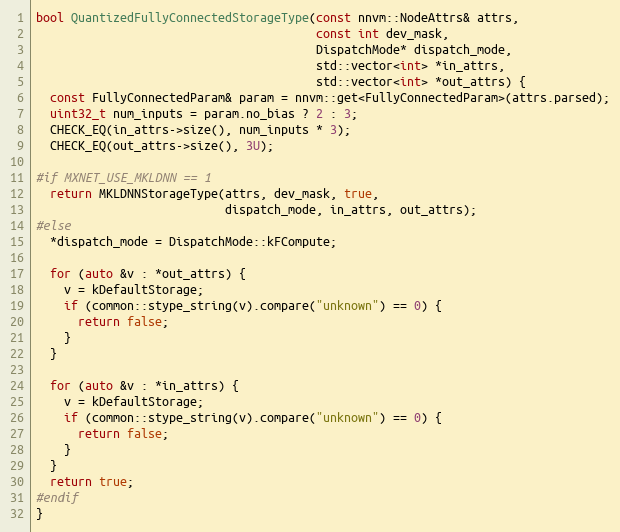
Language: C++
bool QuantizedFullyConnectedStorageType(const nnvm::NodeAttrs& attrs,
                                        const int dev_mask,
                                        DispatchMode* dispatch_mode,
                                        std::vector<int> *in_attrs,
                                        std::vector<int> *out_attrs) {
  const FullyConnectedParam& param = nnvm::get<FullyConnectedParam>(attrs.parsed);
  uint32_t num_inputs = param.no_bias ? 2 : 3;
  CHECK_EQ(in_attrs->size(), num_inputs * 3);
  CHECK_EQ(out_attrs->size(), 3U);

#if MXNET_USE_MKLDNN == 1
  return MKLDNNStorageType(attrs, dev_mask, true,
                           dispatch_mode, in_attrs, out_attrs);
#else
  *dispatch_mode = DispatchMode::kFCompute;

  for (auto &v : *out_attrs) {
    v = kDefaultStorage;
    if (common::stype_string(v).compare("unknown") == 0) {
      return false;
    }
  }

  for (auto &v : *in_attrs) {
    v = kDefaultStorage;
    if (common::stype_string(v).compare("unknown") == 0) {
      return false;
    }
  }
  return true;
#endif
}